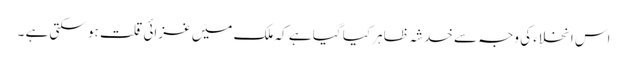
اس انخلاء کی وجہ سے خدشہ ظاہر کیا گیا ہے کہ ملک میں غزائی قلت ہو سکتی ہے ۔